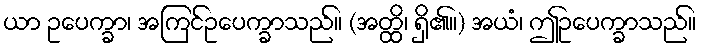
ယာ ဥပေက္ခာ၊ အကြင်ဥပေက္ခာသည်။ (အတ္ထိ၊ ရှိ၏။) အယံ၊ ဤဥပေက္ခာသည်။